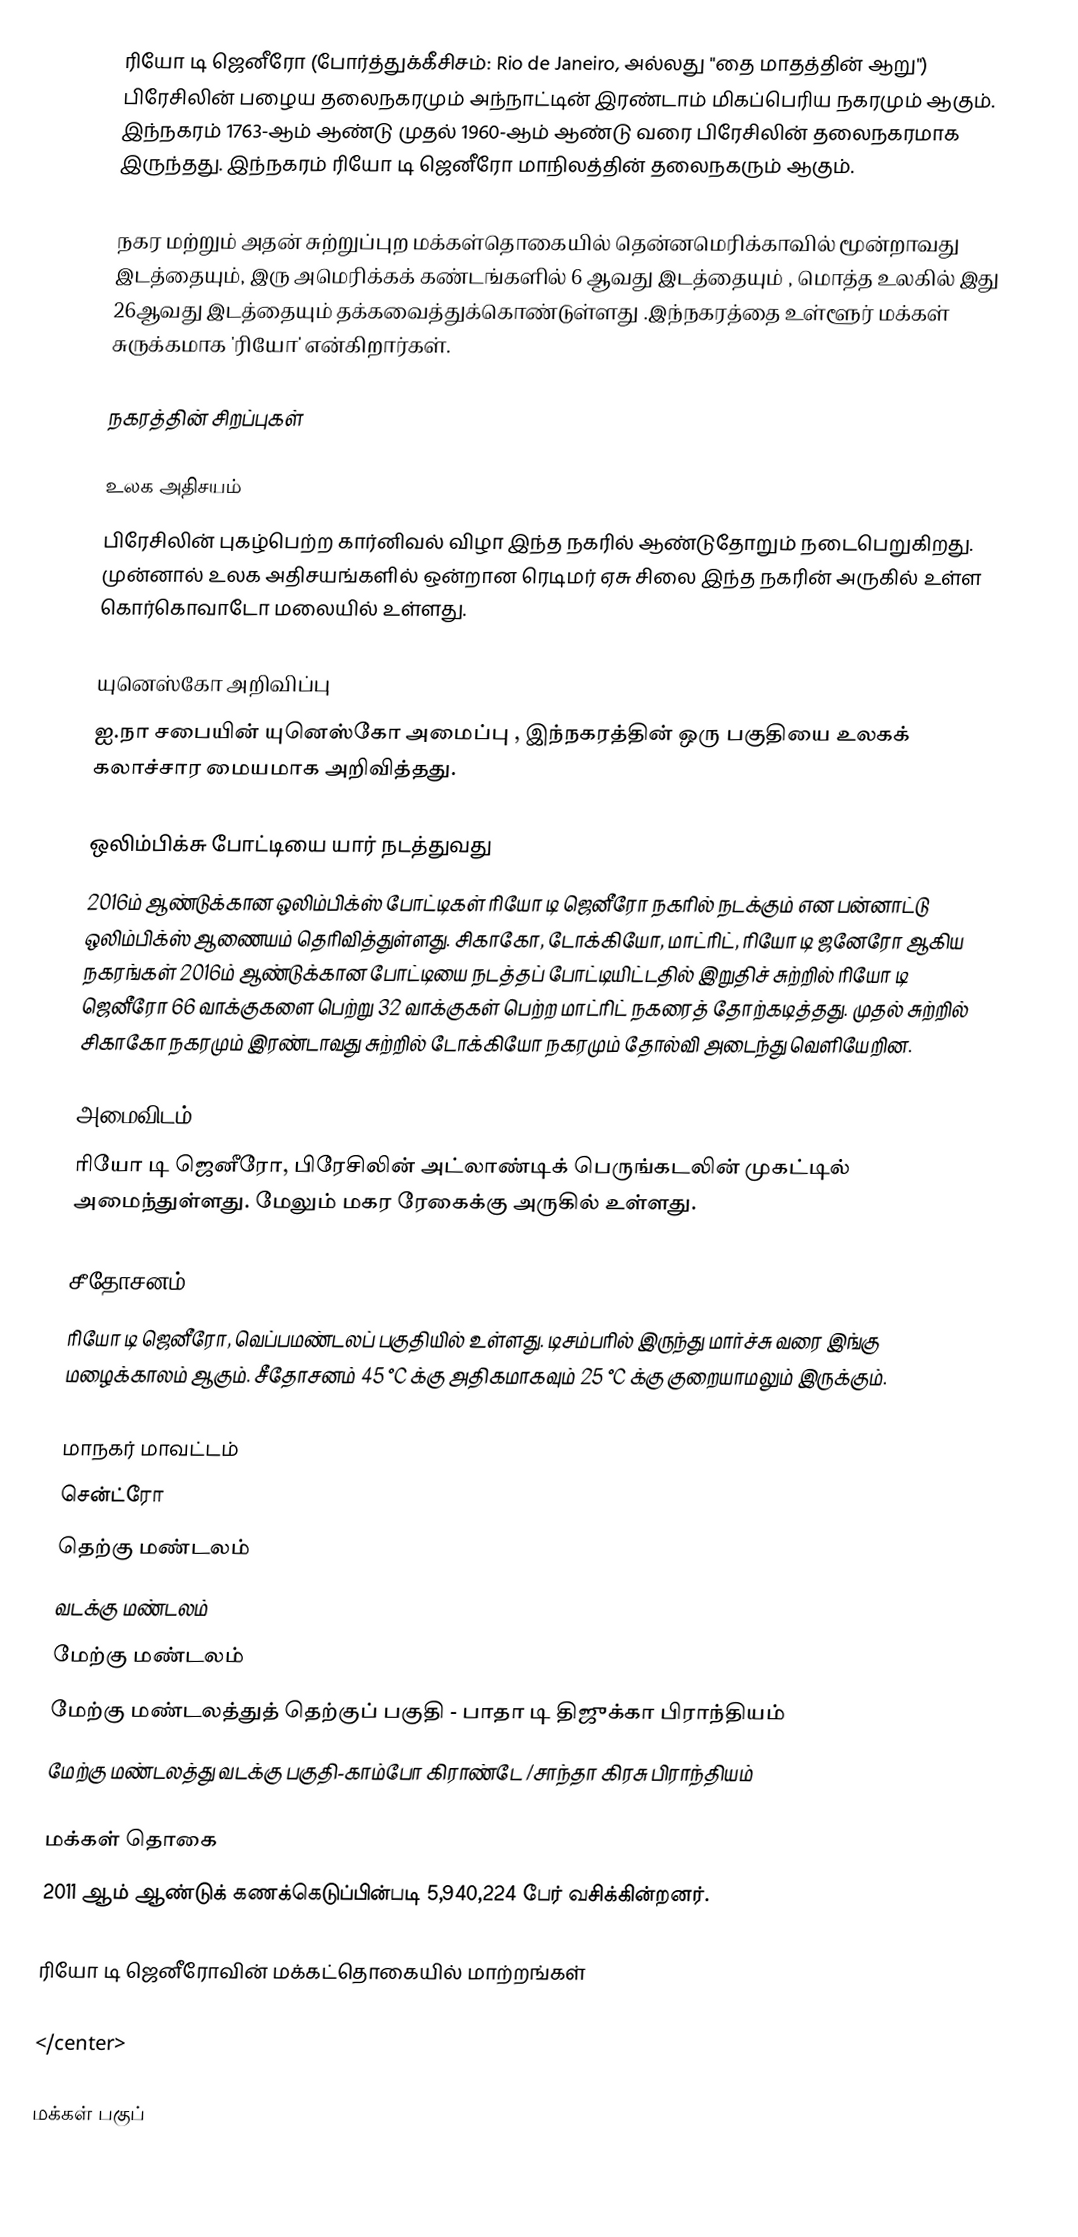
ரியோ டி ஜெனீரோ (போர்த்துக்கீசிசம்: Rio de Janeiro, அல்லது "தை மாதத்தின் ஆறு") பிரேசிலின் பழைய தலைநகரமும் அந்நாட்டின்  இரண்டாம் மிகப்பெரிய நகரமும் ஆகும். இந்நகரம் 1763-ஆம் ஆண்டு முதல் 1960-ஆம் ஆண்டு வரை பிரேசிலின் தலைநகரமாக இருந்தது.  இந்நகரம் ரியோ டி ஜெனீரோ மாநிலத்தின் தலைநகரும் ஆகும்.

நகர மற்றும் அதன் சுற்றுப்புற மக்கள்தொகையில் தென்னமெரிக்காவில் மூன்றாவது இடத்தையும், இரு அமெரிக்கக் கண்டங்களில் 6 ஆவது இடத்தையும் , மொத்த உலகில் இது 26ஆவது இடத்தையும் தக்கவைத்துக்கொண்டுள்ளது .இந்நகரத்தை உள்ளூர் மக்கள் சுருக்கமாக  'ரியோ' என்கிறார்கள்.

நகரத்தின் சிறப்புகள்

உலக அதிசயம்
பிரேசிலின் புகழ்பெற்ற கார்னிவல் விழா இந்த நகரில் ஆண்டுதோறும் நடைபெறுகிறது. முன்னால் உலக அதிசயங்களில்  ஒன்றான ரெடிமர் ஏசு சிலை இந்த நகரின் அருகில் உள்ள கொர்கொவாடோ மலையில் உள்ளது.

யுனெஸ்கோ அறிவிப்பு
ஐ.நா சபையின் யுனெஸ்கோ அமைப்பு , இந்நகரத்தின் ஒரு பகுதியை உலகக் கலாச்சார மையமாக அறிவித்தது.

ஒலிம்பிக்சு  போட்டியை  யார் நடத்துவது
2016ம் ஆண்டுக்கான ஒலிம்பிக்ஸ் போட்டிகள் ரியோ டி ஜெனீரோ நகரில் நடக்கும் என பன்னாட்டு ஒலிம்பிக்ஸ் ஆணையம் தெரிவித்துள்ளது. சிகாகோ, டோக்கியோ, மாட்ரிட், ரியோ டி ஜனேரோ ஆகிய நகரங்கள் 2016ம் ஆண்டுக்கான போட்டியை நடத்தப் போட்டியிட்டதில் இறுதிச் சுற்றில் ரியோ டி ஜெனீரோ 66 வாக்குகளை பெற்று 32 வாக்குகள் பெற்ற மாட்ரிட் நகரைத் தோற்கடித்தது. முதல் சுற்றில் சிகாகோ நகரமும் இரண்டாவது சுற்றில் டோக்கியோ நகரமும் தோல்வி அடைந்து வெளியேறின.

அமைவிடம்
ரியோ டி ஜெனீரோ, பிரேசிலின் அட்லாண்டிக் பெருங்கடலின் முகட்டில் அமைந்துள்ளது. மேலும் மகர ரேகைக்கு அருகில் உள்ளது.

சீதோசனம்
ரியோ டி ஜெனீரோ, வெப்பமண்டலப் பகுதியில் உள்ளது. டிசம்பரில் இருந்து  மார்ச்சு வரை இங்கு மழைக்காலம் ஆகும். சீதோசனம்  45 °C க்கு அதிகமாகவும்  25 °C க்கு குறையாமலும் இருக்கும்.

மாநகர் மாவட்டம்
 சென்ட்ரோ
 தெற்கு மண்டலம்
 வடக்கு  மண்டலம்
 மேற்கு மண்டலம்
 மேற்கு மண்டலத்துத் தெற்குப் பகுதி - பாதா டி திஜுக்கா பிராந்தியம்
 மேற்கு மண்டலத்து வடக்கு பகுதி-காம்போ கிராண்டே /சாந்தா கிரசு பிராந்தியம்

மக்கள் தொகை
2011 ஆம் ஆண்டுக் கணக்கெடுப்பின்படி 5,940,224 பேர் வசிக்கின்றனர்.

ரியோ டி ஜெனீரோவின் மக்கட்தொகையில் மாற்றங்கள்

</center>

மக்கள் பகுப்